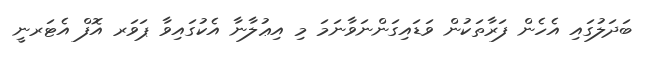
ބަދަލުގައި އެހެން ފަރާތަކުން ވަޑައިގަންނަވާނަމަ މި އިޢުލާނާ އެކުގައިވާ ޕަވަރ އޮފް އެޓަރނީ